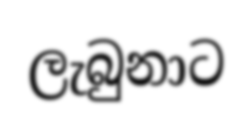
ලැබුනාට